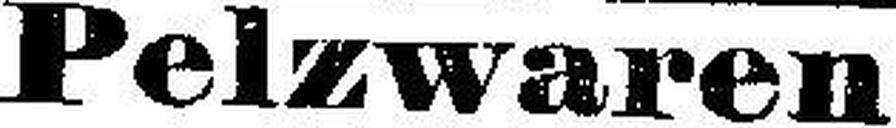
Pelzwaren